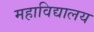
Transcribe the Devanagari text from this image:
महाविद्यालय